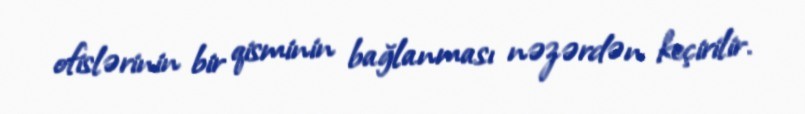
ofislərinin bir qisminin bağlanması nəzərdən keçirilir.